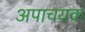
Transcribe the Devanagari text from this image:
अपाचयक